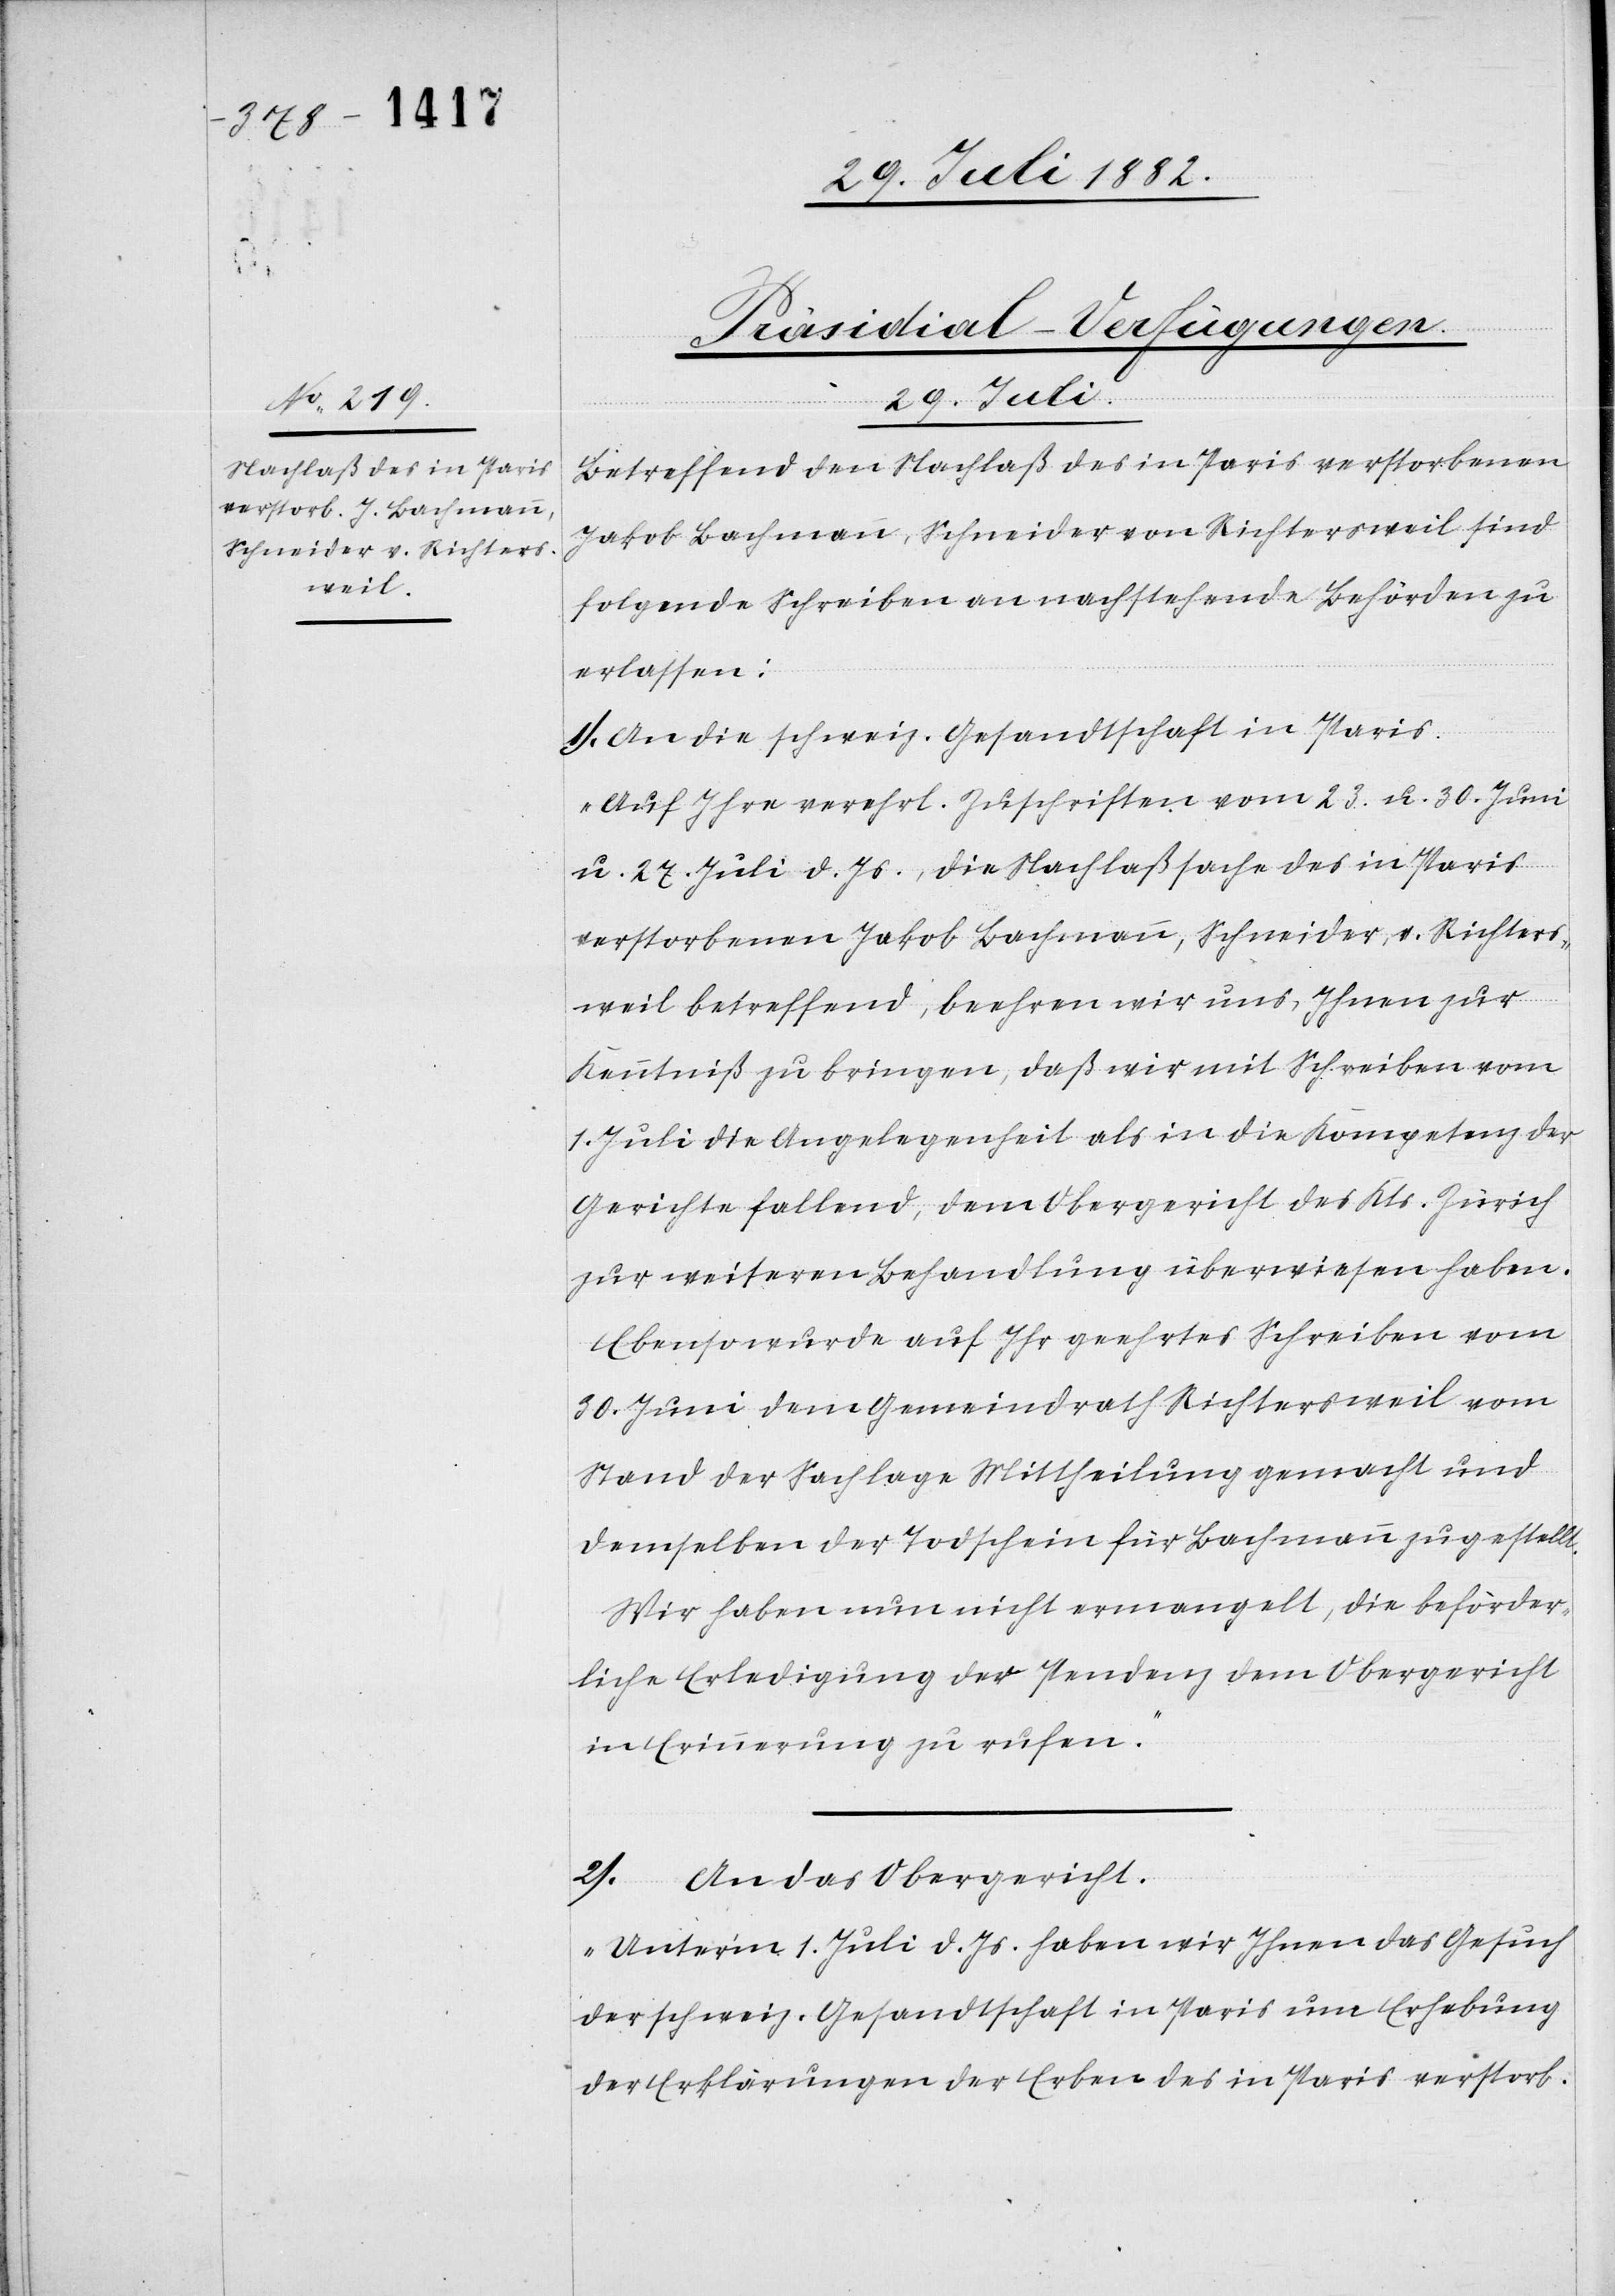
29. Juli 1882.
Präsidial-Verfügungen.
Betreffend den Nachlaß des in Paris verstorbenen
Jakob Bachmann, Schneider von Richtersweil sind
folgende Schreiben an nachstehende Behörden zu
erlassen:
1) An die schweiz. Gesandtschaft in Paris:
„Auf Ihre verehrl. Zuschriften vom 23. u. 30. Juni
u. 27. Juli d. Js., die Nachlaßsache des in Paris
verstorbenen Jakob Bachmann, Schneider, v. Richters¬
weil betreffend, beehren wir uns, Ihnen zur
Kenntniß zu bringen, daß wir mit Schreiben vom
1. Juli die Angelegenheit als in die Kompetenz der
Gerichte fallend, dem Obergericht des Kts. Zürich
zur weitern Behandlung überwiesen haben.
Ebenso wurde auf Ihr geehrtes Schreiben vom
30. Juni dem Gemeindrath Richtersweil vom
Stand der Sachlage Mittheilung gemacht und
demselben der Todschein für Bachmann zugestellt.
Wir haben nun nicht ermangelt, die beförder¬
liche Erledigung der Pendenz dem Obergericht
in Erinnerung zu rufen.“
2) An das Obergericht:
„Unter’m 1. Juli d. Js. haben wir Ihnen das Gesuch
der schweiz. Gesandtschaft in Paris um Erhebung
der Erklärungen der Erben des in Paris verstorb.